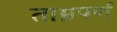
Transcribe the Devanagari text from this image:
ताम्रपर्ण